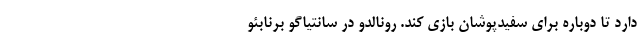
دارد تا دوباره برای سفیدپوشان بازی کند. رونالدو در سانتیاگو برنابئو